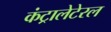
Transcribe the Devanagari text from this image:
कंट्रालेटेरल